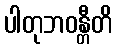
ပါတုဘဝန္တီတိ